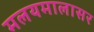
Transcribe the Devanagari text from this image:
मलयमालासर